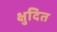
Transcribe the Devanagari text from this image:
क्षुदित